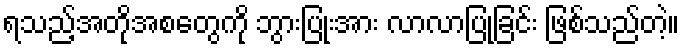
ရသည့်အတိုအစတွေကို ဘွားပြုံးအား လာလာပြုခြင်း ဖြစ်သည်တဲ့။